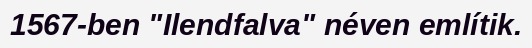
1567-ben "Ilendfalva" néven említik.